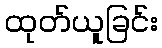
ထုတ်ယူခြင်း